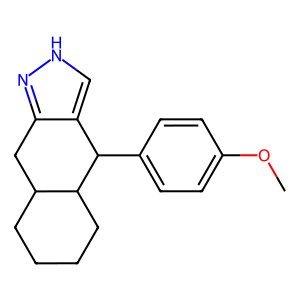
SMILES: COc1ccc(C2c3c[nH]nc3CC3CCCCC32)cc1
Inhibits HIV replication: No